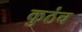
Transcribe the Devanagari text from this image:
कुठंच